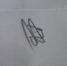
Signature authenticity: genuine